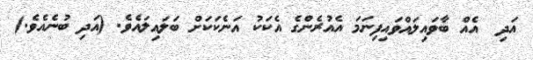
އަދި  އެއް ބާވައިލައްވައިފިނަމަ އެއުރެންގެ އެކަކު އަނެކަކަށް ބަލައިލައެވެ. (އަދި ބުނެއެވެ.)